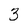
Character: 3